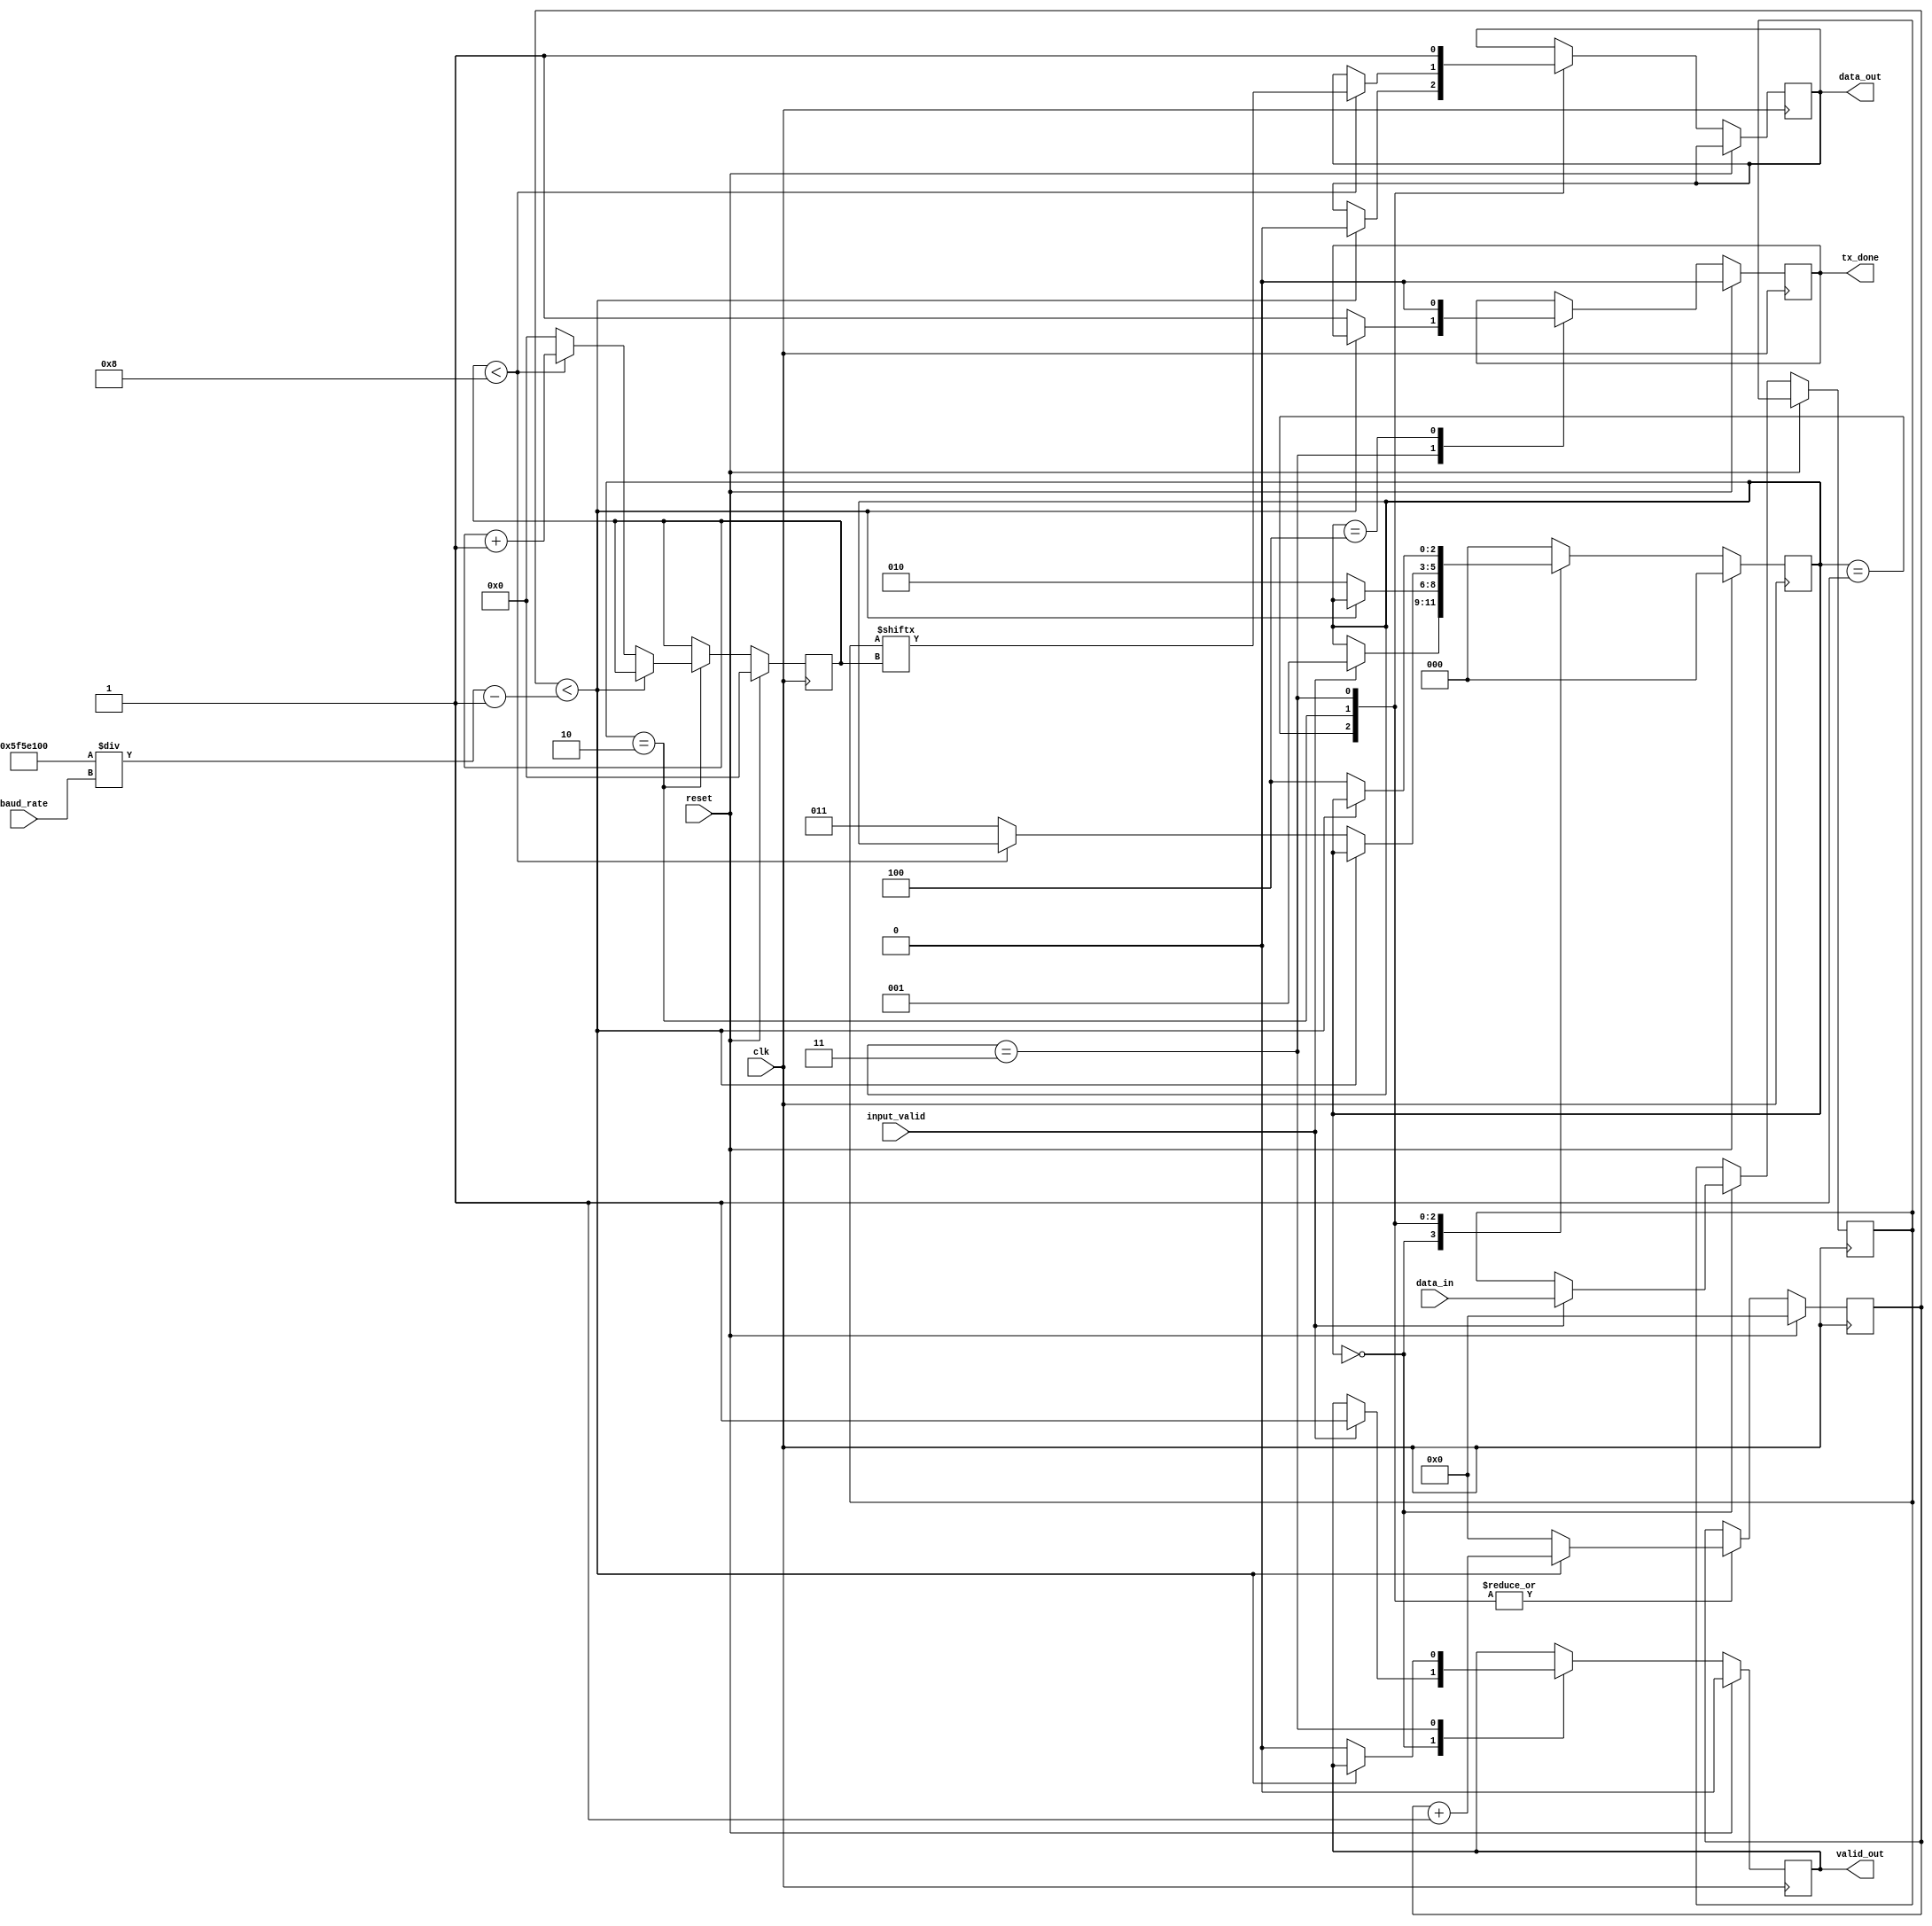
module tx#(parameter clock_frequency = 100000000)(
	input clk,
	input reset,
	input [31:0]baud_rate,
	input [7:0] data_in,
	input input_valid,
	output reg data_out,
	output valid_out,
	output tx_done
	);

localparam wait1 = 3'd0,
		   send_start = 3'd1,
		   send_data = 3'd2,
		   send_stop = 3'd3,
		   wait2 = 3'd4;

//local regstx 
reg [2:0]state;
reg [31:0] count;
reg [3:0]index;
reg [7:0]reg_data_in;
reg reg_valid_out;
reg reg_tx_done;

always @(posedge clk)
if(reset)
	begin
		reg_valid_out <= 1'b0;
		state <= wait1;
		count <= 0;
		index <= 0;
		reg_valid_out <= 0;
		reg_tx_done <= 1'b0;
	end
else begin
	case(state)

	wait1 : begin
				if(input_valid)
				begin
					reg_data_in <= data_in;
					reg_valid_out = 1'b1;
					state <= send_start;			
				end		
			end

	send_start : begin
					if(count < (clock_frequency/baud_rate) - 1)
					begin
						data_out <= 1'b0;
						count <= count + 1;
					end

					else begin
						count <= 0;
						state <= send_data;
					end
				 end
	send_data :  begin
	                if(index < 8)
	                data_out <= reg_data_in [index];
					if(count  < (clock_frequency/baud_rate) -1)
						count <= count + 1; 
					else begin
						count <= 0;
						if(index < 8)
						begin
						index <= index + 1;
						end
						else begin
							index <= 0;
							state <= send_stop;
						end
					end
				 end

	send_stop : begin
					data_out <= 1'b1;
					if(count < (clock_frequency/baud_rate) -1)
					count <= count + 1;
					else begin
						reg_tx_done <= 1;
						count <= 0;
						reg_valid_out <= 0;
						state <= wait2;
					end
				end

	wait2 : begin
				reg_tx_done <= 1'b0;
				state <= wait1;
			end

	default : state <= wait1;
	endcase	
end

assign valid_out = reg_valid_out;
assign tx_done = reg_tx_done;

endmodule